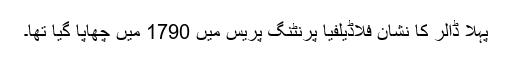
پہلا ڈالر کا نشان فلاڈیلفیا پرنٹنگ پریس میں 1790 میں چھاپا گیا تھا۔